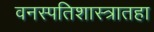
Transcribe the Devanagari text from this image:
वनस्पतिशास्त्रातहा